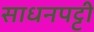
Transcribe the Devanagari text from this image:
साधनपट्टी